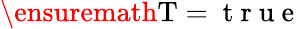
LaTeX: \ensuremath\mathrm{T}=\mathrm{~t~r~u~e~}